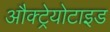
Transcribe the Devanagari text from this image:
औक्ट्रेयोटाइड